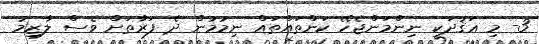
3- މި ޢަޤުދަކީ ނިންމަންޖެހޭ ކަންތައްތައް ނިމުމުން ދެ ފަރާތަށް ވެސް ލާޒިމު